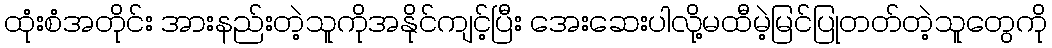
ထုံးစံအတိုင်း အားနည်းတဲ့သူကိုအနိုင်ကျင့်ပြီး အေးဆေးပါလို့မထီမဲ့မြင်ပြုတတ်တဲ့သူတွေကို